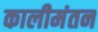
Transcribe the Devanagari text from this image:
कालीमंतन